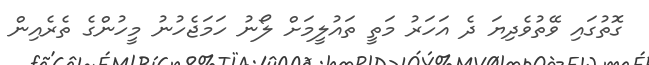
ގޮތުގައި ވޭތުވެދިޔަ ދެ އަހަރު މަތީ ތައުލީމަށް ލޯނު ހަމަޖެހުނު މީހުންގެ ތެރެއިން